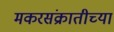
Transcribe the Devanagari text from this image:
मकरसंक्रातीच्या